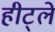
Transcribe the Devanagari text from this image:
हीट्ले